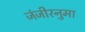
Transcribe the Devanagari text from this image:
जंजीरनुमा